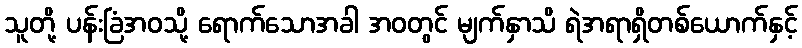
သူတို့ ပန်းခြံအဝသို့ ရောက်သောအခါ အဝတွင် မျက်နှာသိ ရဲအရာရှိတစ်ယောက်နှင့်